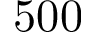
5 0 0